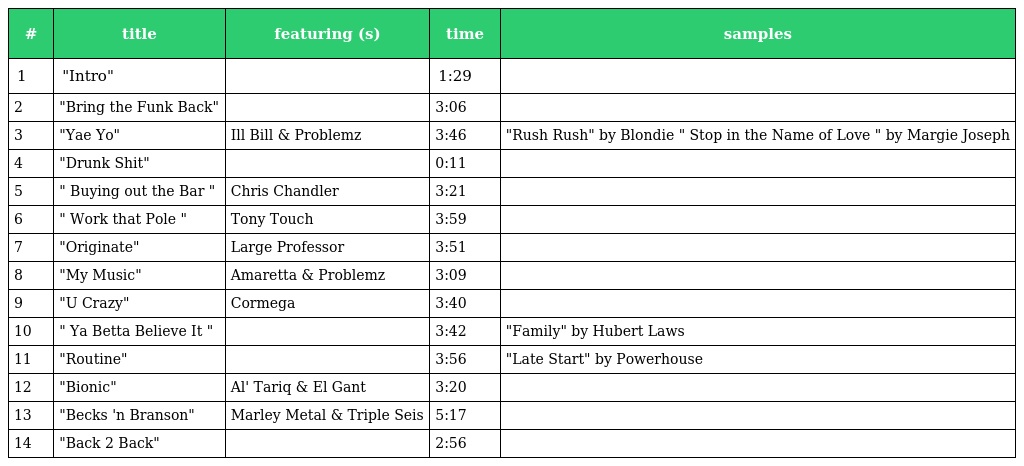
| # | title | featuring (s) | time | samples |
 | --- | --- | --- | --- | --- |
 | 1 | "Intro" |  | 1:29 |  |
 | 2 | "Bring the Funk Back" |  | 3:06 |  |
 | 3 | "Yae Yo" | Ill Bill & Problemz | 3:46 | "Rush Rush" by Blondie " Stop in the Name of Love " by Margie Joseph |
 | 4 | "Drunk Shit" |  | 0:11 |  |
 | 5 | " Buying out the Bar " | Chris Chandler | 3:21 |  |
 | 6 | " Work that Pole " | Tony Touch | 3:59 |  |
 | 7 | "Originate" | Large Professor | 3:51 |  |
 | 8 | "My Music" | Amaretta & Problemz | 3:09 |  |
 | 9 | "U Crazy" | Cormega | 3:40 |  |
 | 10 | " Ya Betta Believe It " |  | 3:42 | "Family" by Hubert Laws |
 | 11 | "Routine" |  | 3:56 | "Late Start" by Powerhouse |
 | 12 | "Bionic" | Al' Tariq & El Gant | 3:20 |  |
 | 13 | "Becks 'n Branson" | Marley Metal & Triple Seis | 5:17 |  |
 | 14 | "Back 2 Back" |  | 2:56 |  |